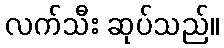
လက်သီး ဆုပ်သည်။